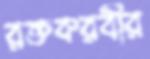
রক্তকরবীর